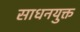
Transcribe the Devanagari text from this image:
साधनयुक्त